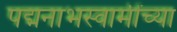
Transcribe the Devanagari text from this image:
पद्मनाभस्वामींच्या